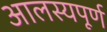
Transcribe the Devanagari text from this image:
आलस्यपूर्ण